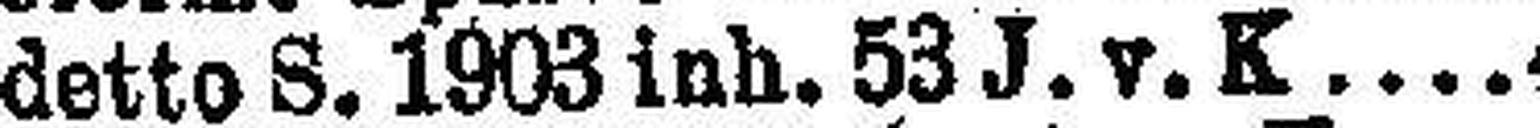
detto S. 1903 inh. 53 J. v. K 4